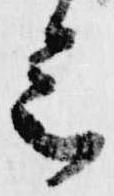
会